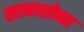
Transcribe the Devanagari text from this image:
खानासोबत